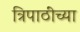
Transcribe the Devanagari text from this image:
त्रिपाठींच्या